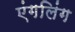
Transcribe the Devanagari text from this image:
एंगलिंग